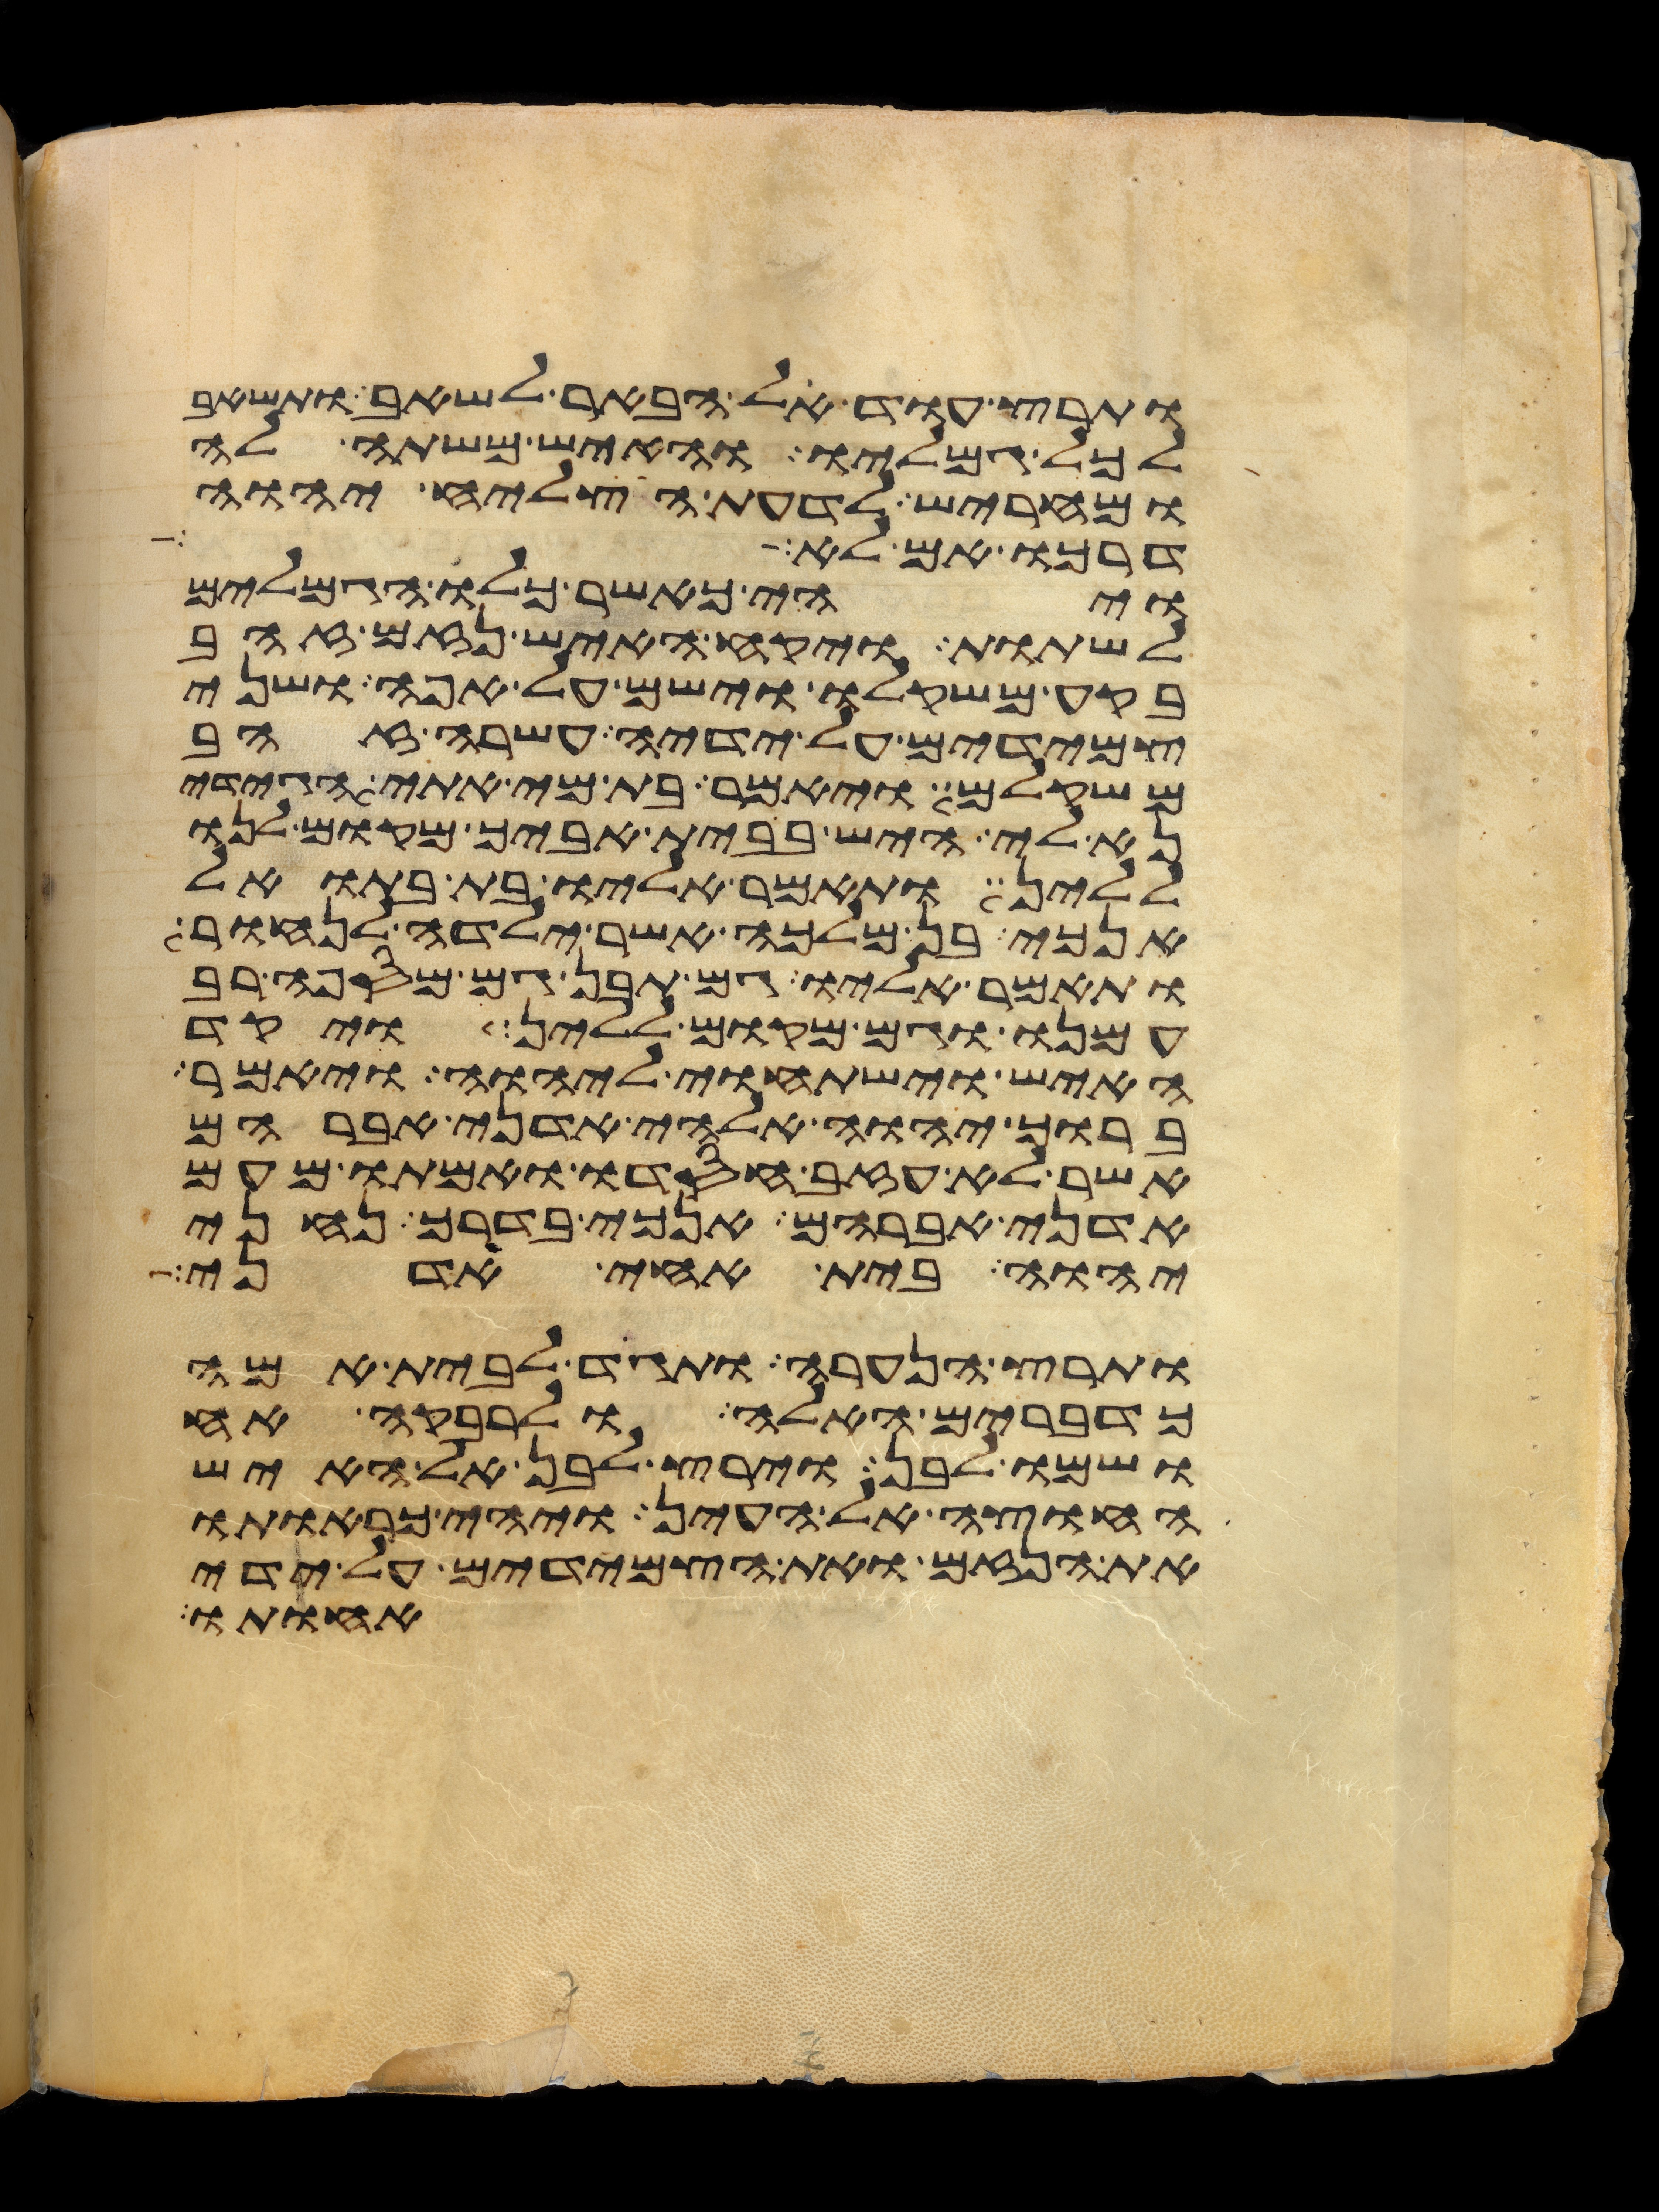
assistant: ותרץ עוד אל הבאר לשאב ותשאב
לכל גמליו והאיש משתה לה
ומחריש לדעת הצליח יהוה
דרכו אם לא
ויהי כאשר כלו הגמלים
לשתות ויקח האיש נזם זהב
בקע משקלו וישם על אפה ושני
צמידים על ידיה עשרה זהב
משקלם ויאמר בת מי אתי הגידי
נא לי היש בבית אביך מקום לנו
ללין ותאמר אליו בת בתואל
אנכי בן מלכה אשר ילדה לנחור
ותאמר אליו גם תבן גם מספה רב
עמנו וגם מקום ללין ויקד
האיש וישתחוי ליהוה ויאמר
ברוך יהוה אלהי אדני אברהם
אשר לא עזב חסדו ואמתו מעם
אדני אברהם אנכי בדרך נחני
יהוה בית אחי אדני
ותרץ הנערה ותגד לבית אמה
כדברים האלה ולרבקה אח
ושמו לבן וירץ לבן אל האיש
החוצה אל העין ויהי כראותו
את הנזם ואת הצמידים על ידי
אחותו